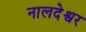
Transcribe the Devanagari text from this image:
नालदेश्वर